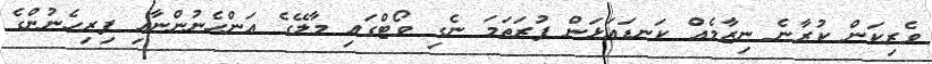
ވެރިކަން ކުރާނެ ނިޒާމެއް ކަނޑައަޅަން ފުރަތަމަ ނެގި ވޯޓްގައި މާލޭގެ އަންހެނުންނާއި ފިރިހެނުންގެ